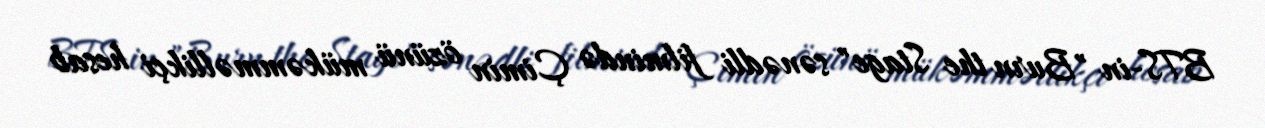
BTS-in "Burn the Stage" sənədli filmində Çimin özünü mükəmməllikçi hesab